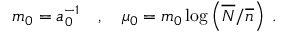
m _ { 0 } = a _ { 0 } ^ { - 1 } \quad , \quad \mu _ { 0 } = m _ { 0 } \log \left( \overline { { N } } / \overline { { n } } \right) \; .